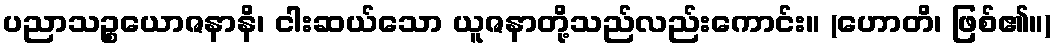
ပညာသဉ္စယောဇနာနိ၊ ငါးဆယ်သော ယူဇနာတို့သည်လည်းကောင်း။ (ဟောတိ၊ ဖြစ်၏။)